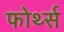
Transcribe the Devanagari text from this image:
फोर्थ्स